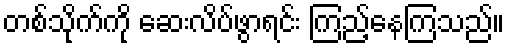
တစ်သိုက်ကို ဆေးလိပ်ဖွာရင်း ကြည့်နေကြသည်။